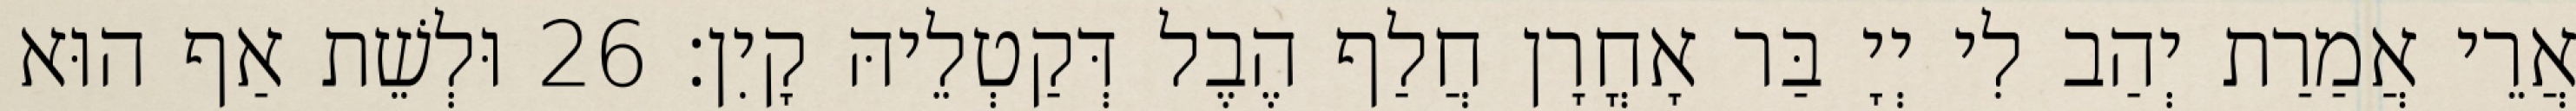
אֲרֵי אֲמַרַת יְהַב לִי יְיָ בַּר אָחֳרָן חֲלַף הֶבֶל דְּקַטְלֵיהּ קָיִן׃ 26 וּלְשֵׁת אַף הוּא